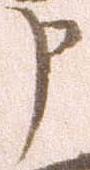
申